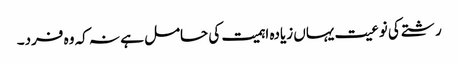
رشتے کی نوعیت یہاں زیادہ اہمیت کی حامل ہے نہ کہ وہ فرد۔